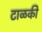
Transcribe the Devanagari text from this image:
टाळकी